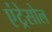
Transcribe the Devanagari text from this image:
एंट्रेसोल